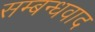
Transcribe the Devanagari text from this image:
सम्बन्धवाद